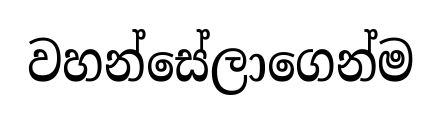
වහන්සේලාගෙන්ම